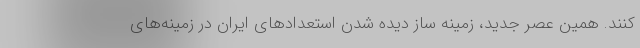
کنند. همین عصر جدید، زمینه ساز دیده شدن استعدادهای ایران در زمینه‌های